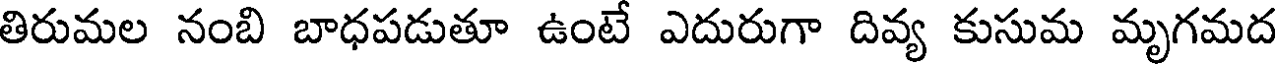
తిరుమల నంబి బాధపడుతూ ఉంటే ఎదురుగా దివ్య కుసుమ మృగమద